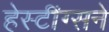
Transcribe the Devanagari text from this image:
हेस्टींग्सने